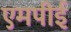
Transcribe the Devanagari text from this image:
एमपीई